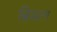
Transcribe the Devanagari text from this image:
ब्रिडल